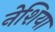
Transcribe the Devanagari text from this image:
नेशिया